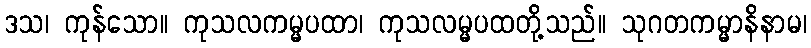
ဒသ၊ ကုန်သော။ ကုသလကမ္မပထာ၊ ကုသလမ္မပထတို့သည်။ သုဂတကမ္မာနိနာမ၊